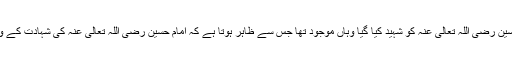
فرمایا: جہاں حسین رضی اللہ تعالیٰ عنہ کو شہید کیا گیا وہاں موجود تھا جس سے ظاہر ہوتا ہے کہ امام حسین رضی اللہ تعالیٰ عنہ کی شہادت کے وقت حیات تھیں۔